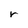
Character: r